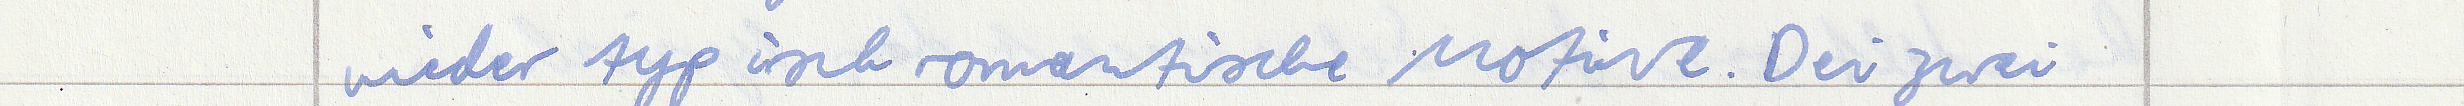
wieder typisch romantische Motive. Die zwei